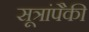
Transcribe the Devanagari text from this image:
सूत्रांपैकी